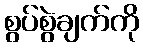
စွပ်စွဲချက်ကို